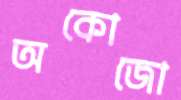
অকোজো